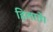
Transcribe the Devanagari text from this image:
हिलाते।